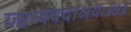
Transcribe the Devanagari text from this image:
जाम्बवदाश्रयः॥७॥